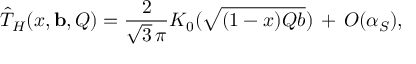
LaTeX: \hat { T } _ { H } ( x , { \bf b } , Q ) = \frac { 2 } { \sqrt { 3 } \, \pi } K _ { 0 } ( \sqrt { ( 1 - x ) Q b } ) \, + \, \cal O ( \alpha _ { S } ) ,